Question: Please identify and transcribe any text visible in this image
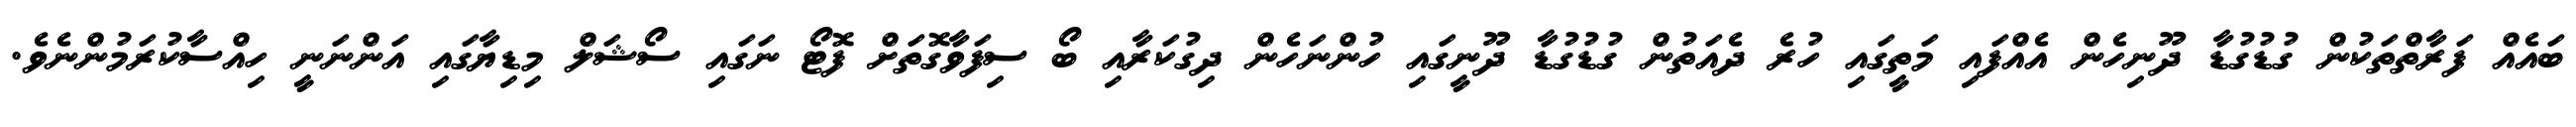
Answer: ބައެއް ފަރާތްތަކުން ގުޑުގުޑާ ދޫނިހެން އެއްފައި މަތީގައި ހުރެ ދެއަތުން ގުޑުގުޑާ ދޫނީގައި ހުންނަހެން ދިގުކަރާއި ބޯ ސިފަވާގޮތަށް ފޮޓޯ ނަގައި ސޯޝަލް މިޑިޔާގައި އަންނަނީ ހިއްސާކުރަމުންނެވެ.